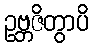
ဥဗ္ဘဇိတွာပိ